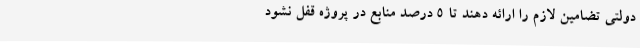
دولتی تضامین لازم را ارائه دهند تا 5 درصد منابع در پروژه قفل نشود